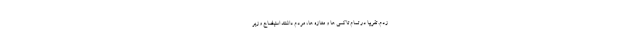
زدم. تقریباً در تمام تاکسی ها و مغازه ها، مردم داشتند استیضاح وزیر